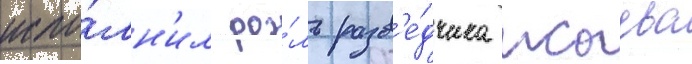
испо́лн'ил ро́ль разв'е́дчика исаева